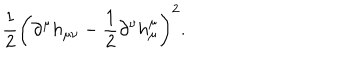
LaTeX: \frac { 1 } { 2 } \left( \partial ^ { \mu } h _ { \mu \nu } - \frac { 1 } { 2 } \partial ^ { \nu } h _ { \mu } ^ { \mu } \right) ^ { 2 } .